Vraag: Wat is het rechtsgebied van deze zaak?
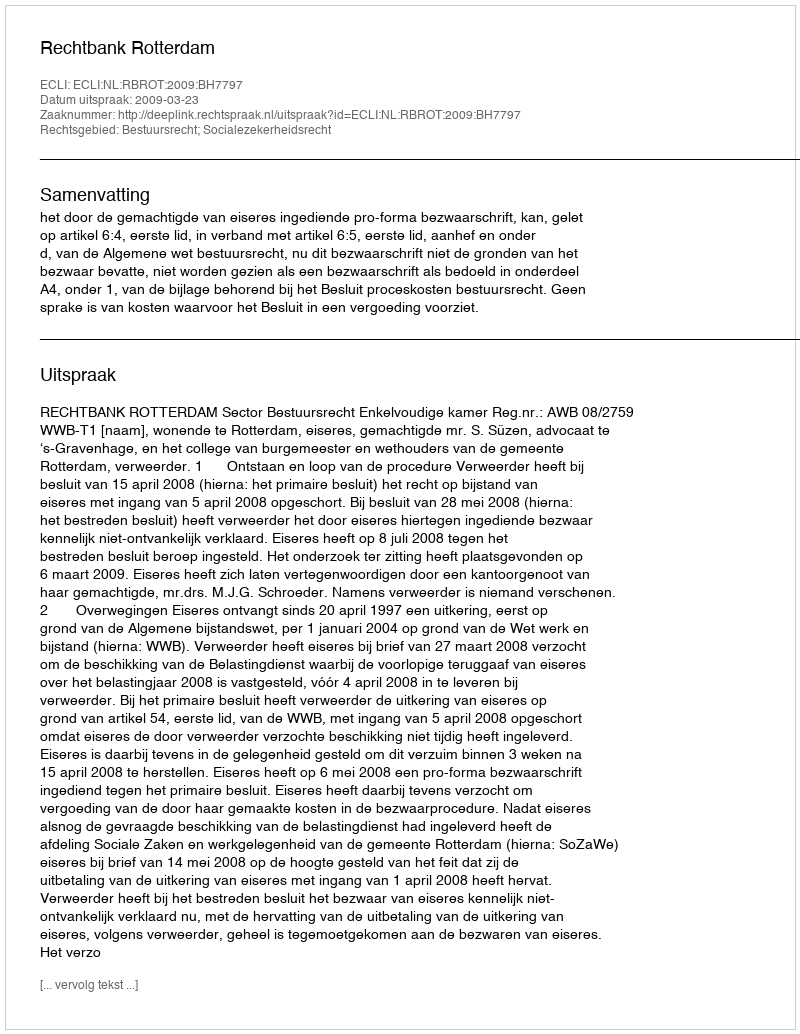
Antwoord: Bestuursrecht; Socialezekerheidsrecht